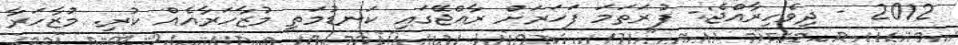
2012 - ދިވެހިރާއްޖެ:- ފުރަތަމަ ފަހަރަށް ރާއްޖޭގައި ކަނޑުމަތީ މުޒާހަރާއެއް ކުރި. މުޒާހަރާ